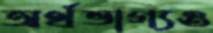
অর্থভাগ্যও